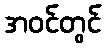
အဝင်တွင်